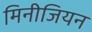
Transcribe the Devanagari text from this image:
मिनीजियन